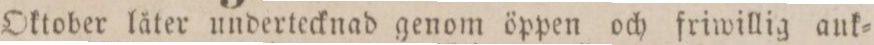
Oktober låter undertecknad genom öppen och friwillig auk=